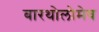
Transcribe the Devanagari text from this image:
बारथोलोमेव